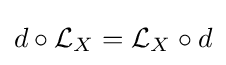
d\circ {\mathcal {L}}_{X}={\mathcal {L}}_{X}\circ d